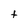
Character: t